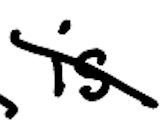
Text: is
Cross-out: diagonal
Writing tool: digital_black